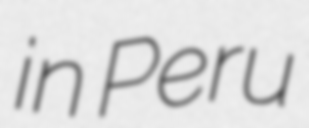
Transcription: in Peru